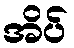
အိပ်